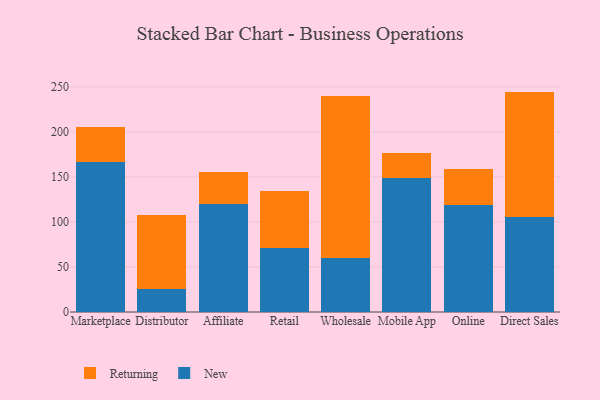
{"axis": {"x": "Channel", "y": "Demand Index"}, "legend": ["New", "Returning"], "data": [{"x": "Marketplace", "y": 167.0, "type": "New"}, {"x": "Marketplace", "y": 38.9, "type": "Returning"}, {"x": "Distributor", "y": 25.5, "type": "New"}, {"x": "Distributor", "y": 81.9, "type": "Returning"}, {"x": "Affiliate", "y": 119.6, "type": "New"}, {"x": "Affiliate", "y": 35.5, "type": "Returning"}, {"x": "Retail", "y": 71.3, "type": "New"}, {"x": "Retail", "y": 63.2, "type": "Returning"}, {"x": "Wholesale", "y": 60.0, "type": "New"}, {"x": "Wholesale", "y": 179.7, "type": "Returning"}, {"x": "Mobile App", "y": 148.4, "type": "New"}, {"x": "Mobile App", "y": 27.6, "type": "Returning"}, {"x": "Online", "y": 118.6, "type": "New"}, {"x": "Online", "y": 40.3, "type": "Returning"}, {"x": "Direct Sales", "y": 105.8, "type": "New"}, {"x": "Direct Sales", "y": 138.9, "type": "Returning"}]}